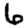
Digit: 6